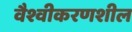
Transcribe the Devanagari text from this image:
वैश्वीकरणशील